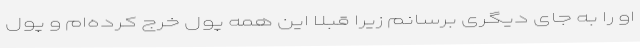
او را به جای دیگری برسانم زیرا قبلا این همه پول خرج کرده‌ام و پول